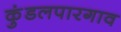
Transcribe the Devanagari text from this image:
कुंडलपारगाव